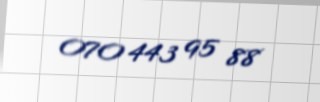
070 443 95 88